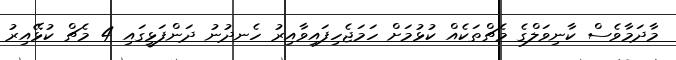
މާދަމާވެސް ކާނިވަލްގެ މެޗްތަކެއް ކުޅުމަށް ހަމަޖެހިފައިވާއިރު ހެނދުނު ދަންފަޅީގައި 4 މެޗް ކުޅޭއިރު